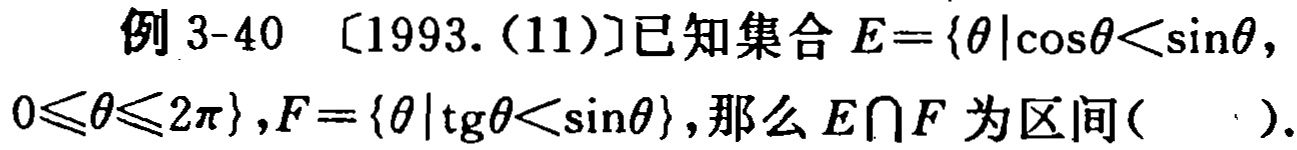
例 3-40 〔1993.(11)〕已知集合 \(E = \{ \theta|\cos\theta<\sin\theta, 0\leqslant\theta\leqslant 2\pi\}\), \(F = \{ \theta|\text{tg}\theta<\sin\theta\}\), 那么 \(E\cap F\) 为区间(  ).